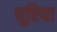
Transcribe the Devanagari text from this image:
धूरिया